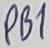
Text: PB1